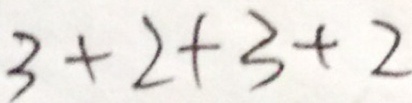
3 + 2 + 3 + 2